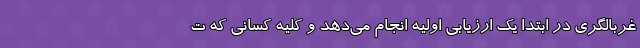
غربالگری در ابتدا یک ارزیابی اولیه انجام می‌دهد و کلیه کسانی که ت